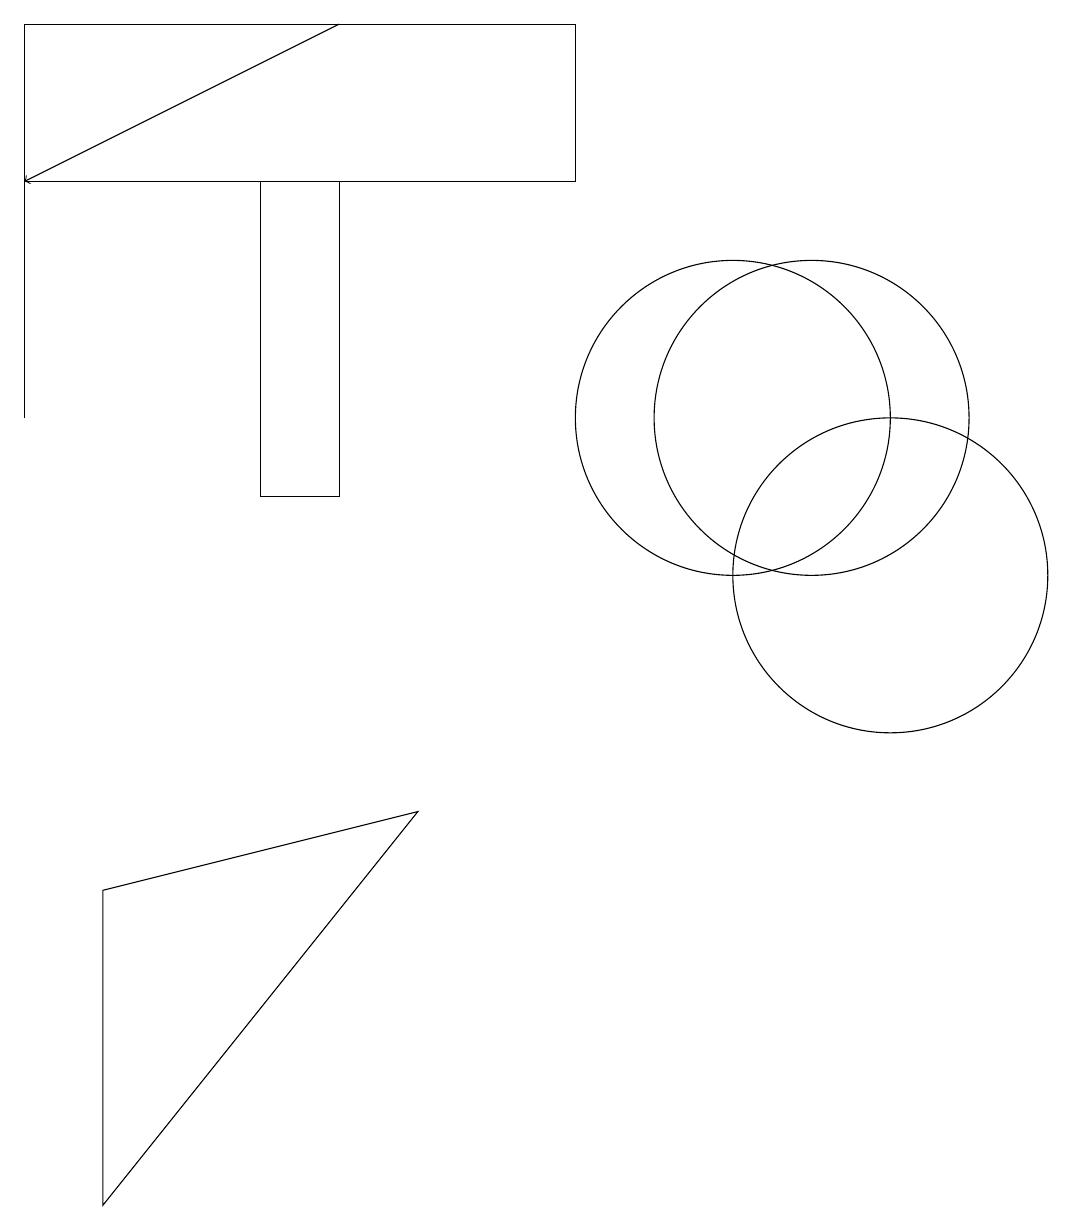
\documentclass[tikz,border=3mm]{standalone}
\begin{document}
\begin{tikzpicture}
\draw (12,10) circle (2);
\draw (4,15) rectangle (5,11);
\draw[->] (5,17) -- (1,15);
\draw (11,12) circle (2);
\draw (1,16) rectangle (1,12);
\draw (10,12) circle (2);
\draw (6,7) -- (2,2) -- (2,6) -- cycle;
\draw (1,17) rectangle (8,15);
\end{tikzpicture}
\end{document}